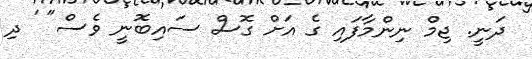
ދަނީ. ޖިމް ނިންމާފައި ގެ އަށް ގޮސް ސައިބޮނީ ވެސް" ' ދި